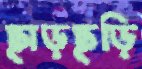
ছাড়ছড়ি